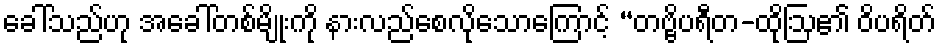
ခေါ်သည်ဟု အခေါ်တစ်မျိုးကို နားလည်စေလိုသောကြောင့် “တဗ္ဗိပရီတ-ထိုဩ၏ ဝိပရိတ်